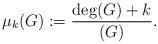
LaTeX: \begin{align*}\mu_k(G) := \frac{\deg(G)+k}{(G)}.\end{align*}